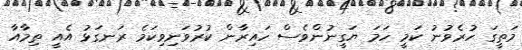
މަތީގަ ހުރެވުނު ކަމީ ހަމަ ޔަގީނުންވެސް ހައިރާން ކުރުވަނިވިކަމެ ރަނގަޅު އެއީ ތިމާއާ